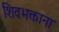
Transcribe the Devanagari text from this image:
शिवभक्ताना